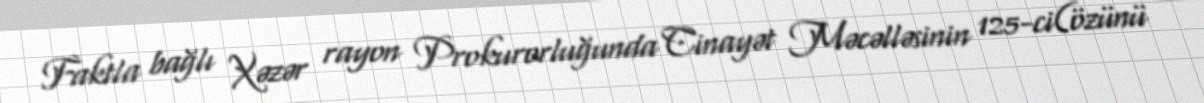
Faktla bağlı Xəzər rayon Prokurorluğunda Cinayət Məcəlləsinin 125-ci(özünü